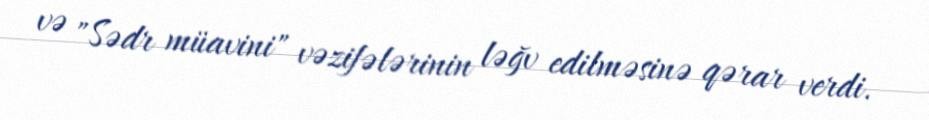
və "Sədr müavini" vəzifələrinin ləğv edilməsinə qərar verdi.